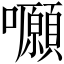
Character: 𡅪